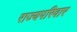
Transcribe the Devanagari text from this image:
राज्यपरिवार